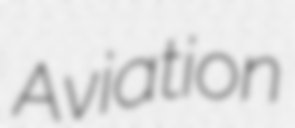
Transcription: Aviation